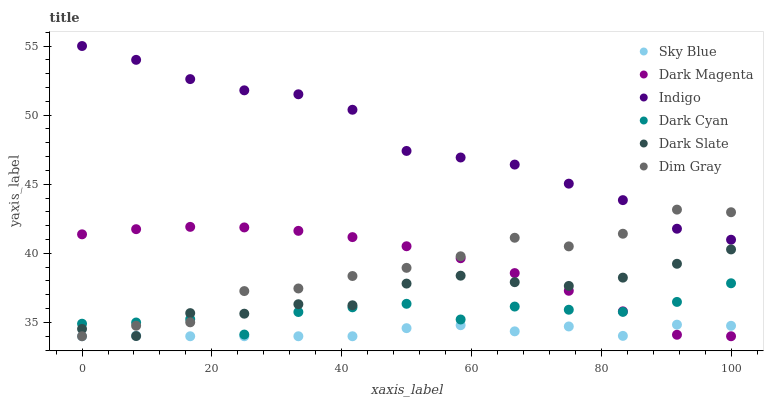
| xaxis_label | Sky Blue | Dark Magenta | Indigo | Dark Cyan | Dark Slate | Dim Gray |
 | --- | --- | --- | --- | --- | --- | --- |
 | 0 | 34 | 41.4 | 55 | 34.9 | 34.5 | 34 |
 | 8.33 | 34 | 41.7 | 54 | 35 | 34 | 34.8 |
 | 16.7 | 34 | 41.9 | 52.6 | 35.2 | 35.7 | 35 |
 | 25 | 34 | 41.9 | 51.8 | 34.1 | 35.6 | 37.3 |
 | 33.3 | 34 | 41.6 | 51.5 | 35.8 | 36.3 | 37.5 |
 | 41.7 | 34 | 41.2 | 50.4 | 36.1 | 36.2 | 38.4 |
 | 50 | 34.6 | 40.5 | 47.4 | 36.3 | 37.8 | 38.9 |
 | 58.3 | 34.8 | 39.6 | 46.9 | 35.2 | 38.4 | 39.8 |
 | 66.7 | 34.4 | 38.6 | 46.4 | 36.1 | 37.9 | 41.1 |
 | 75 | 34.7 | 37.3 | 45 | 35.9 | 37.6 | 40.5 |
 | 83.3 | 34 | 35.8 | 43.8 | 35.8 | 38.2 | 41.4 |
 | 91.7 | 34.8 | 34.1 | 41.8 | 36.5 | 39.2 | 43.2 |
 | 100 | 34.8 | 34 | 41 | 37.8 | 40.3 | 43 |